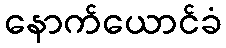
နောက်ယောင်ခံ